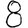
Digit: 8